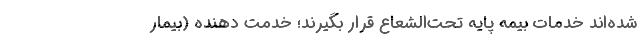
شده‌اند خدمات بیمه پایه تحت‌الشعاع قرار بگیرند؛ خدمت دهنده (بیمار